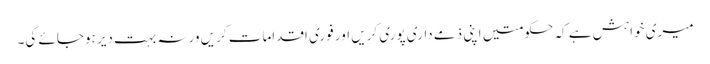
میری خواہش ہے کہ حکومتیں اپنی ذمے داری پوری کریں اور فوری اقدامات کریں ورنہ بہت دیر ہوجائے گی۔